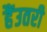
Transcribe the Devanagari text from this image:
हैंउतरी